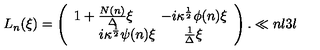
{ L } _ { n } ( \xi ) = \left( \begin{array} { c } { { 1 + { \frac { N ( n ) } { \Delta } } \xi } \qquad { - i \kappa ^ { \frac { 1 } { 2 } } \phi ( n ) \xi } } \\ { { i \kappa ^ { \frac { 1 } { 2 } } \psi ( n ) \xi } \qquad { { \frac { 1 } { \Delta } } \xi } } \\ \end{array} \right) . \ll { n l 3 l }